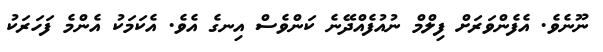
ނޫނެވެ. އެފެންވަރަށް ފިލްމް ނުއުފެއްދޭނެ ކަންވެސް އިނގެ އެވެ. އެކަމަކު އެންމެ ފަހަރަކު